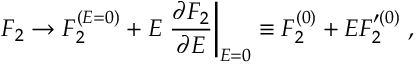
F _ { 2 } \rightarrow F _ { 2 } ^ { ( E = 0 ) } + E \left. { \frac { \partial F _ { 2 } } { \partial E } } \right\vert _ { E = 0 } \equiv F _ { 2 } ^ { ( 0 ) } + E F _ { 2 } ^ { \prime ( 0 ) } \; ,